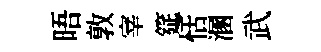
晤敦宰筵恬溷武